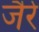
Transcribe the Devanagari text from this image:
जैरे